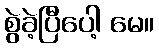
စွဲခဲ့ပြီပေါ့ မေ။